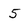
Character: 5